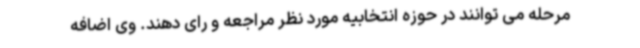
مرحله می توانند در حوزه انتخابیه مورد نظر مراجعه و رای دهند. وی اضافه